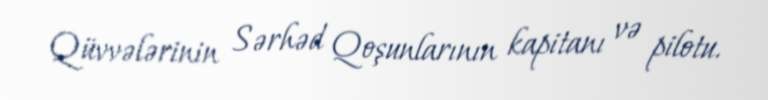
Qüvvələrinin Sərhəd Qoşunlarının kapitanı və pilotu.